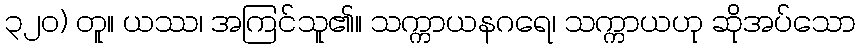
၃၂၀) တူ။ ယဿ၊ အကြင်သူ၏။ သက္ကာယနဂရေ၊ သက္ကာယဟု ဆိုအပ်သော